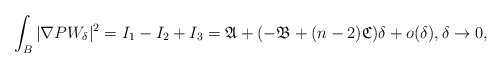
\begin{align*}\int_{B} |\nabla P W_{\delta}|^2&=I_1-I_2+I_3=\mathfrak{A}+(-\mathfrak{B}+(n-2)\mathfrak{C})\delta+o(\delta),\delta\to 0,\end{align*}